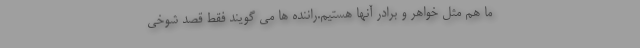
ما هم مثل خواهر و برادر آنها هستیم.راننده ها می گویند فقط قصد شوخی